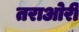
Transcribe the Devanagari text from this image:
तराओरी